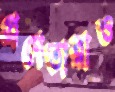
প্রণেতারাও